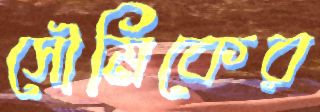
সৌমিকের